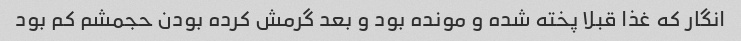
انگار که غذا قبلا پخته شده و مونده بود و بعد گرمش کرده بودن حجمشم کم بود